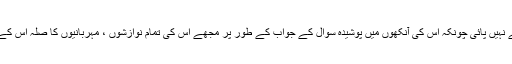
بہن کی آنکھوں میں بھی میں نے وہ شئے نہیں پائی چونکہ اس کی آنکھوں میں پوشیدہ سوال کے جواب کے طور پر مجھے اس کی تمام نوازشوں ، مہربانیوں کا صلہ اس کے جہیز کی شکل میں چکا کر جو دینا پڑا۔